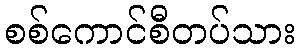
စစ်ကောင်စီတပ်သား